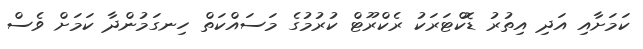
ކަމަށާއި އަދި އިތުރު ޑޮކްޓަރަކު ރެކްރޫޓް ކުރުމުގެ މަސައްކަތް ހިނގަމުންދާ ކަމަށް ވެސް